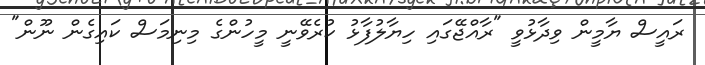
ރައީސް ޔާމީން ވިދާޅުވީ "ރާއްޖޭގައި ހިޔާލުފާޅު ކުރެވޭނީ މީހުންގެ މިނިމަސް ކައިގެން ނޫން"